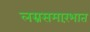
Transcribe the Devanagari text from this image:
लग्नसमारंभात